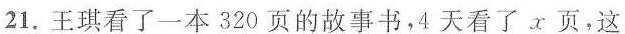
21.王琪看了一本320页的故事书，4天看了x页，这